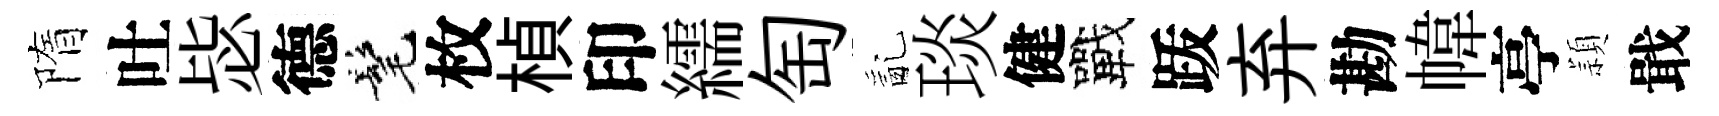
隋吐毖德髦枚楨印繻匋亂琰健戰䟦弃勘幃亭頴戢